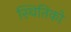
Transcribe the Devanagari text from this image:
स्थितिको